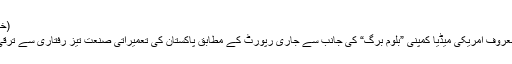
(خبر جاری ہے)
جمعرات کو معروف امریکی میڈیا کمپنی ”بلوم برگ“ کی جانب سے جاری رپورٹ کے مطابق پاکستان کی تعمیراتی صنعت تیز رفتاری سے ترقی کر رہی ہے۔